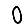
Digit: 0